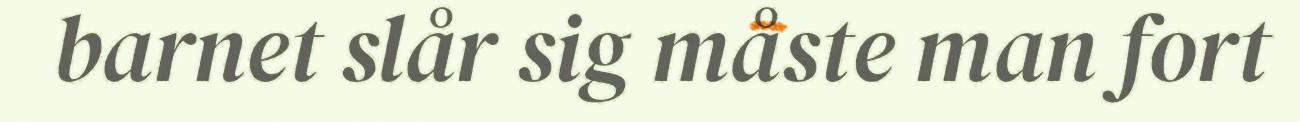
barnet slår sig måste man fort